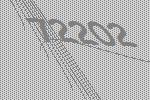
72202